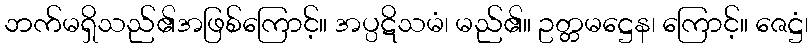
ဘက်မရှိသည်၏အဖြစ်ကြောင့်။ အပ္ပဋိသမံ၊ မည်၏။ ဥတ္တမဋ္ဌေန၊ ကြောင့်။ ဇေဋ္ဌံ၊